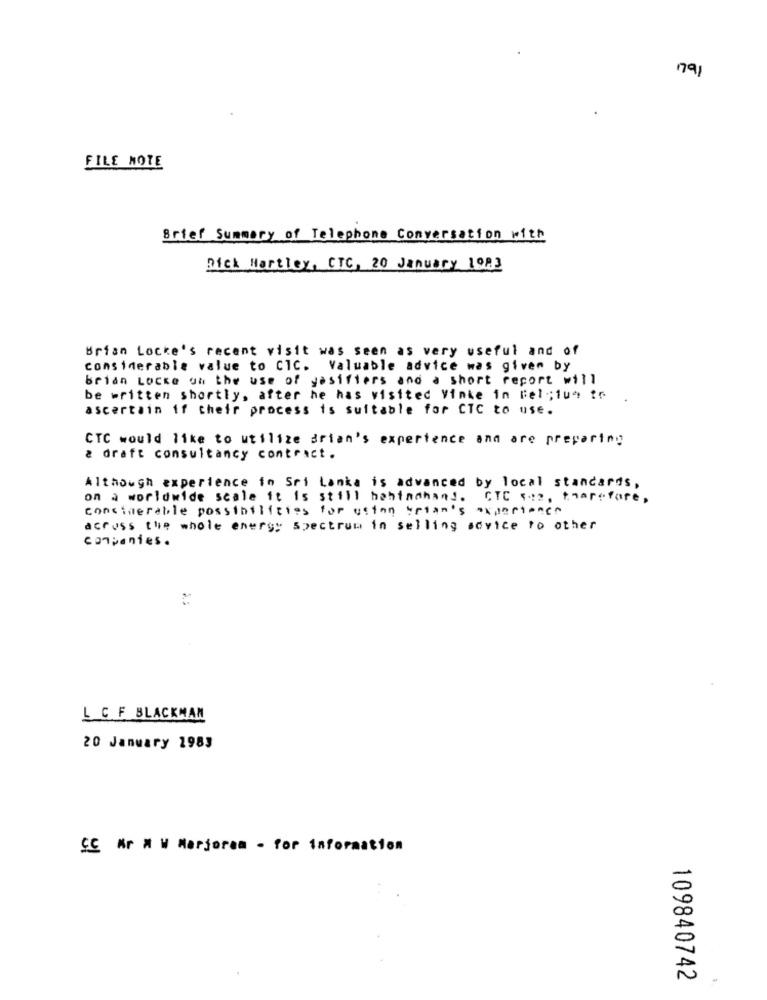
791
FILE NOTE
Brief Summary of Telephone Conversation with
Dick Hartley, CTC, 20 January 1983
Brian Locke's recent visit was seen as very useful and of
considerable value to CIC. Valuable advice was given by
brian Locke on the use of gasifiers and a short report will
be written shortly, after he has visited Vinke in Fel ;; 1ue fr
ascertain if their process is suitable for CTC to use.
CTC would like to utilize drian's experience and are preparing
a draft consultancy contract.
Although experience to Sri Lanka is advanced by local standards,
on a worldwide scale it is still behindhand. CTC soz, therefore,
considerable possibilities for ution brian's experience
across the whole energy spectrum in selling sovice to other
companies.
L CF BLACKMAN
20 January 1983
SC Wr # W Marjoram - for Information
00
0
109840742